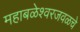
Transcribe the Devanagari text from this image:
महाबळेश्वरजवळचे